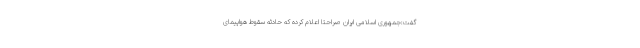
گفت:جمهوری اسلامی ایران صراحتا اعلام کرده که حادثه سقوط هواپیمای